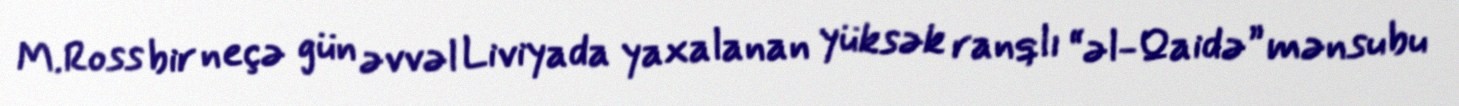
M.Ross bir neçə gün əvvəl Liviyada yaxalanan yüksək ranqlı “əl-Qaidə” mənsubu